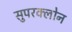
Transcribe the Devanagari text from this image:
सुपरक्लोन